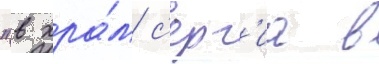
"в хра́м с'ерг'иа в